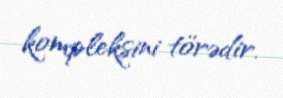
kompleksini törədir.